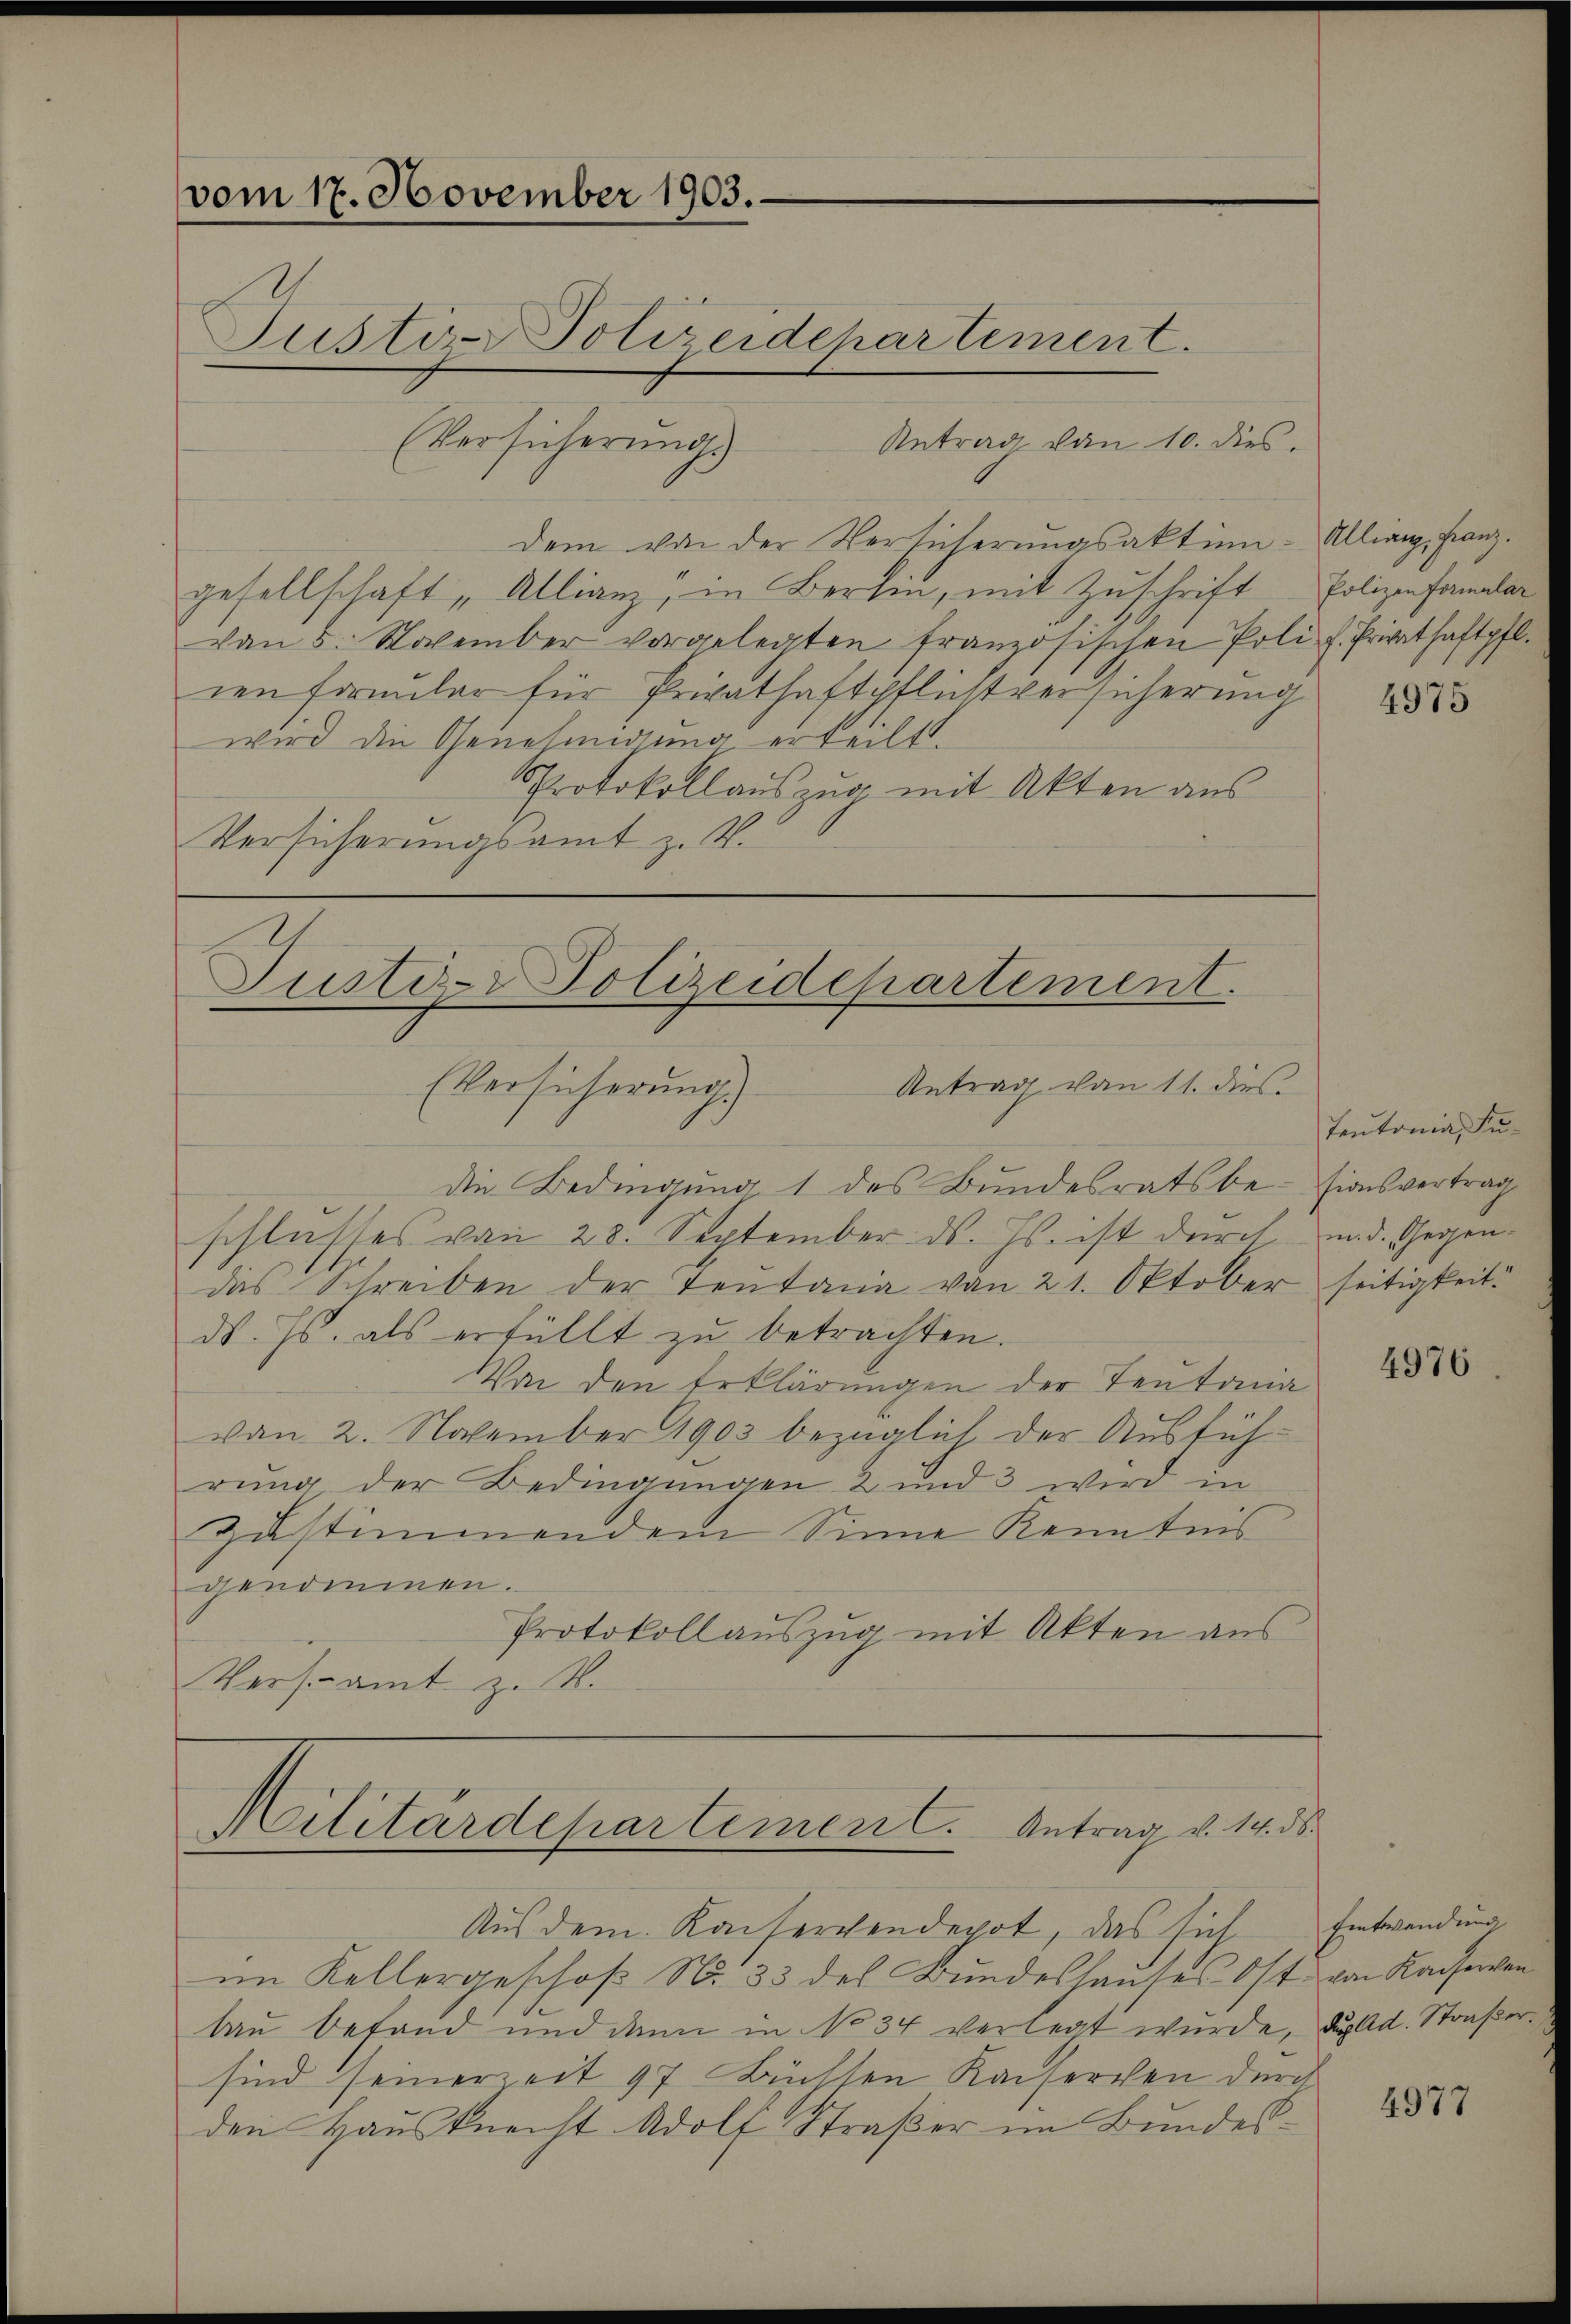
vom 17. November 1903.
Justiz-Polizeidchartement.

(Versicherungs
Antrag von 10. dies
dem von der Versicherungsaktumgesellschaft „Allianz, in Berlin, mit Zuschrift
von 5. November vorgelegten französischen Poliz. Privathaftpfl.
ren formular für Privathaftpflichtversicherung
wird die Genehmigung erteilt.
Protokoll auszug mit Akten aus
Versicherungsamt z. B.
(Versicherung.) Antrag von 11. dies
die Bedingung 1 des Bundesratsbeschlusses von 28. September ds. Js. ist durch. u. d. Gegendas Schreiben der Tentana von 21. Oktober seitigkeit.
d. Js. als erfüllt zu betrachten.
Von den Erklärungen der Teutonia
von 2. November 1903 bezüglich der Ausführung der Bedingungen 2 und 3 wird in
zustimmendem Sinne Kenntnis
genommen.
Protokollauszug mit Akten aus
Versamt z. B.

Justiz- Polizeidepartement.

Bellingesandten gelte, wenig eine

Aus dem Kaiservendepot, das sich Entwendung
im Kellergeschoß No. 33 des Bundeshauses Ost von Kaiseren
bau befand und dann in No 34 verlegt wurde, das Ad. Straßersind seinerzeit 97 Büchten Kaiserchen durch
den Hausknecht Adolf Straßer im Bundes¬

Allian, Franz.
Polizen Formular

4975

Teutonia, Susionsvertrag

4976

4977